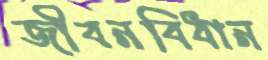
জীবনবিধান